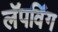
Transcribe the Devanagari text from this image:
लॅपविंग